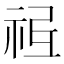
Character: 𥙥